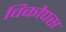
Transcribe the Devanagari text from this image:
विकोपस